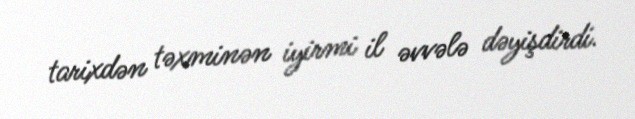
tarixdən təxminən iyirmi il əvvələ dəyişdirdi.